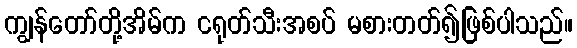
ကျွန်တော်တို့အိမ်က ငရုတ်သီးအစပ် မစားတတ်၍ဖြစ်ပါသည်။